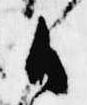
御